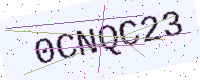
Text: 0CNQC23